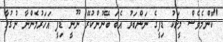
"ކޮންމެވެސް މީހަކު ޑިފީގެ ނަންބަރު އެބަ ބޭނުންކުރޭ ނޫނީ ޑިފީ އަހަރުމެންނާ ނުގުޅާ